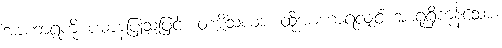
အာဟာရကို ပဓာနပြုသဖြင့်။ တဗ္ဗိသယာ၊ ထိုအာဟာရလျှင် အာရုံရှိကုန်သော။